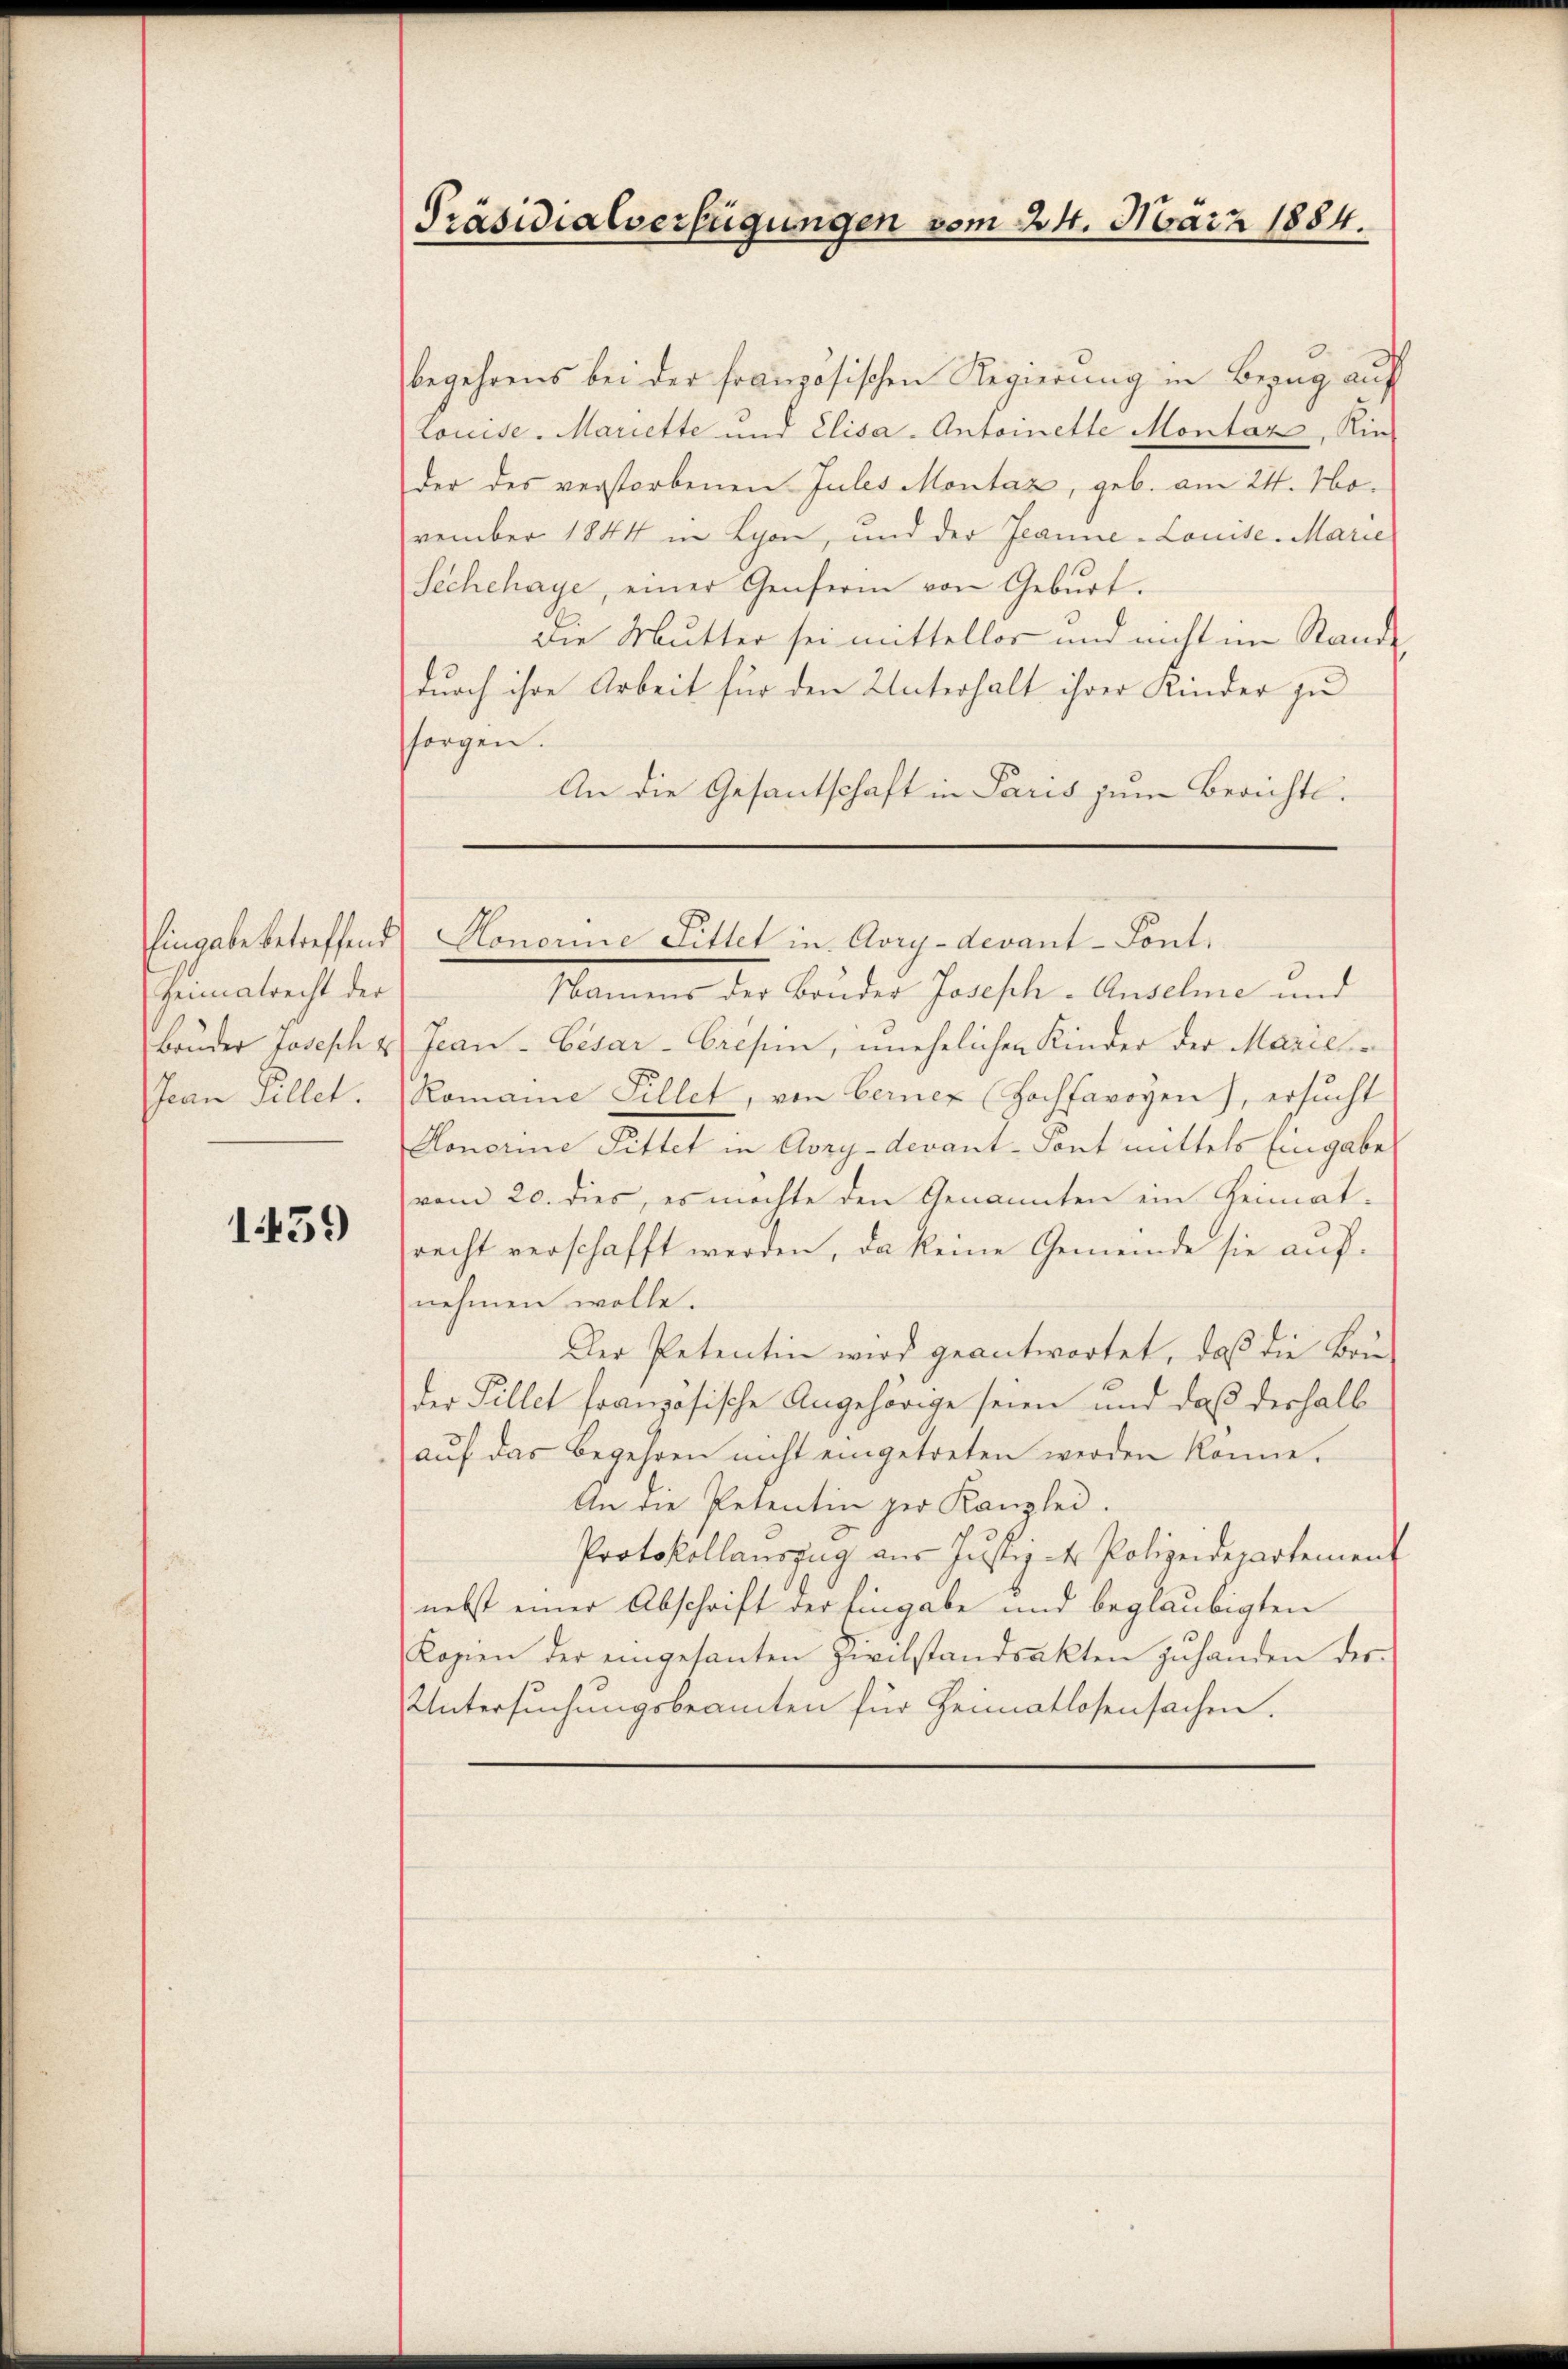
Heimatrecht der
Jean Fellet.

1459

begehrens bei der französischen Regierung in Bezug auf
Louise. Mariette und Elisa- Antoinette Montär, Kin-
der des verstorbenen Jules Montaz, geb. am 24. November 1844 in Lyon, und der Jeanne-Louise. Marie
Sechchaye, einer Genfern von Geburt.
die Mutter sei mittellos und nicht im Stande
durch ihre Arbeit für den Unterhalt ihrer Kinder zu
sorgen.
An die Gesantschaft in Paris zum Berichts¬

Präsidialverfügungen vom 24. März 1884.

Eingabe betreffend Honorie Littet in Aory-devant-Sont.

Mlamung der Bruder Parisch-Andeln und
Bruder Joseph & Jean Cesar-Cresein, unehelichen Kinder der Mariel¬
Romaine Fillet, von Berner (Hochsavoyen), ersucht
Honorie Sittet in Avzy-devant - Sont mittels Eingabe
vom 20. dies, es möchte den Genannten ein Heimat-
recht verschafft werden, da keine Gemeinde sie aufnehmen wolle.
Der Petentin wird geantwortet, daß die Brie
der Pillet französische Angehörige seien und daß deshalb
aŭf das Begehren nicht eingetreten werden könne.
An die Petentin der Kanzlei.
Protokollauszug aus Justiz der Polizeidepartement
nebst einer Abschrift der Eingabe und beglaubigten
Kopien der eingesanten Zivilstandsakten zŭ handen der
Untersuchungsbeamten für Heimatlosensachen.